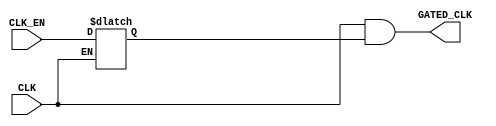
`timescale 1ns / 1ps
//////////////////////////////////////////////////////////////////////////////////
// Company: 
// Engineer: 
// 
// Design Name: 
// Module Name: CLK_GATE
// Project Name: LowPowerMultiClockDigtialCommuSys
// Target Devices: 
// Tool Versions: 
// Description: 
// 
// Dependencies: 
// 
// Revision:
// Revision 0.01 - File Created
// Additional Comments:
// 
//////////////////////////////////////////////////////////////////////////////////
module CLK_GATE(
    input   wire    CLK,
    input   wire    CLK_EN,
    output  wire    GATED_CLK
    );
    
    reg             latched_en;
    

    always @(*) // Latch to avoid Pulse-Clipping and Spurious Clocking.
    begin
        if (~CLK) latched_en = CLK_EN;
    end

    
    assign GATED_CLK = CLK & latched_en;
    


endmodule